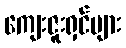
ကျေးဇူးရှင်များ